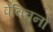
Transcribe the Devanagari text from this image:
पेक्विनो